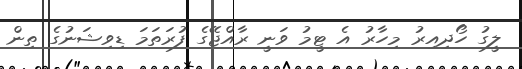
ލީގު ހޯދިއިރު މިހާރު އެ ޓީމު ވަނީ ރާއްޖޭގެ ފުރަތަމަ ޑިވިޝަނުގެ ތިން